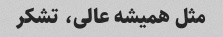
مثل همیشه عالی، تشکر